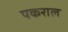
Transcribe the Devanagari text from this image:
पकराल